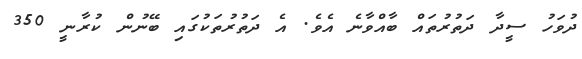
ދުވަހު ސީދާ ދަތުރުތައް ބާއްވާނެ އެވެ. އެ ދަތުރުތަކުގައި ބޭނުން ކުރާނީ 350